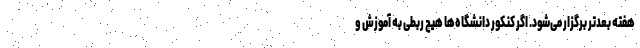
هفته بعدتر برگزار می‌شود. اگر کنکور دانشگاه‌ها هیچ ربطی به آموزش و